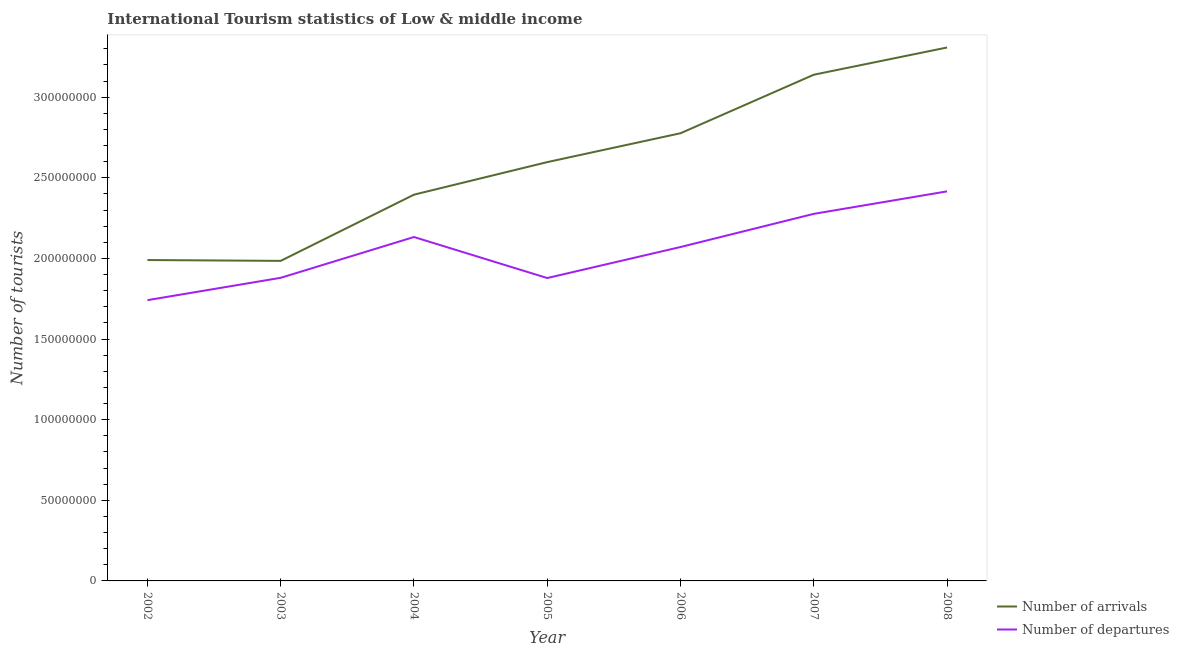
| Year | Number of arrivals | Number of departures |
 | --- | --- | --- |
 | 2002 | 1.99e+08 | 1.74e+08 |
 | 2003 | 1.98e+08 | 1.88e+08 |
 | 2004 | 2.4e+08 | 2.13e+08 |
 | 2005 | 2.6e+08 | 1.88e+08 |
 | 2006 | 2.78e+08 | 2.07e+08 |
 | 2007 | 3.14e+08 | 2.28e+08 |
 | 2008 | 3.31e+08 | 2.42e+08 |